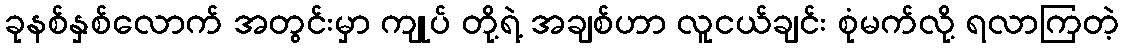
ခုနစ်နှစ်လောက် အတွင်းမှာ ကျုပ် တို့ရဲ့ အချစ်ဟာ လူငယ်ချင်း စုံမက်လို့ ရလာကြတဲ့